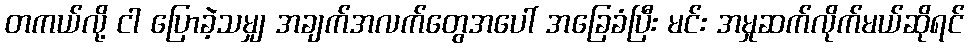
တကယ်လို့ ငါ ပြောခဲ့သမျှ အချက်အလက်တွေအပေါ် အခြေခံပြီး မင်း အမှုဆက်လိုက်မယ်ဆိုရင်